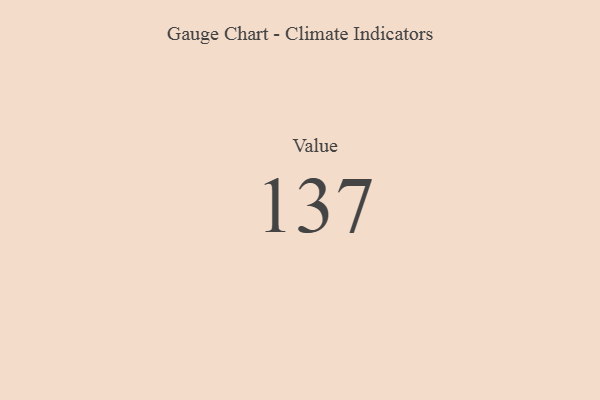
{"axis": {"x": "Metric", "y": "Value"}, "legend": [""], "data": [{"x": "Value", "y": 137, "type": ""}]}